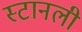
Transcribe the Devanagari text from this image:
स्टानली